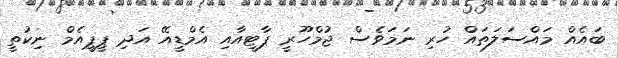
ބައެއް މައްސަލަތައް ހުރި ނަަމަވެސް ޖުމްހޫރީ ޕާޓީއާއި އެމްޑީއޭ އަދި ޕީޕީއެމް ނިކުތީ